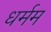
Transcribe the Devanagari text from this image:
धर्मम